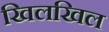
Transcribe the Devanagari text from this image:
खिलखिल